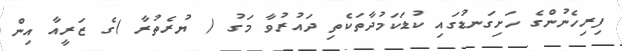
ފިރިހެނުންގެ ހަށިގަނޑުގައި ކުޑަކަމުދާތަކެތި ދައުރުވާ މަގު ( ޔުރެތުރާ )ގެ ޒަރީއާ އިން